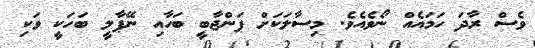
ވެސް ރާދަ ހަމައެއް ނޯވެއެވެ. މިސާލަކަށް ޕަންޖާބީ ބަހާއި ނޭޕާލީ ބަހަކީ ވަކި